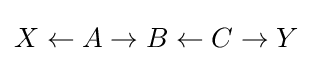
X\leftarrow A\rightarrow B\leftarrow C\rightarrow Y